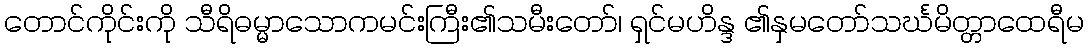
တောင်ကိုင်းကို သီရိဓမ္မာသောကမင်းကြီး၏သမီးတော်၊ ရှင်မဟိန္ဒ ၏နှမတော်သင်္ဃမိတ္တာထေရီမ